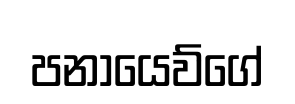
පනායෙව්ගේ